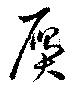
贋